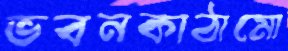
ভবনকাঠামো